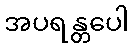
အပရန္တပေါ